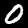
Label: 0